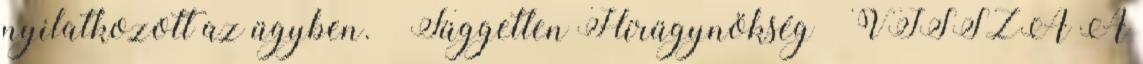
nyilatkozott az ügyben. – Független Hírügynökség – VISSZA A